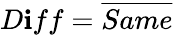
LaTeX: D\mathbf{i}ff={\overline{{{Same}}}}